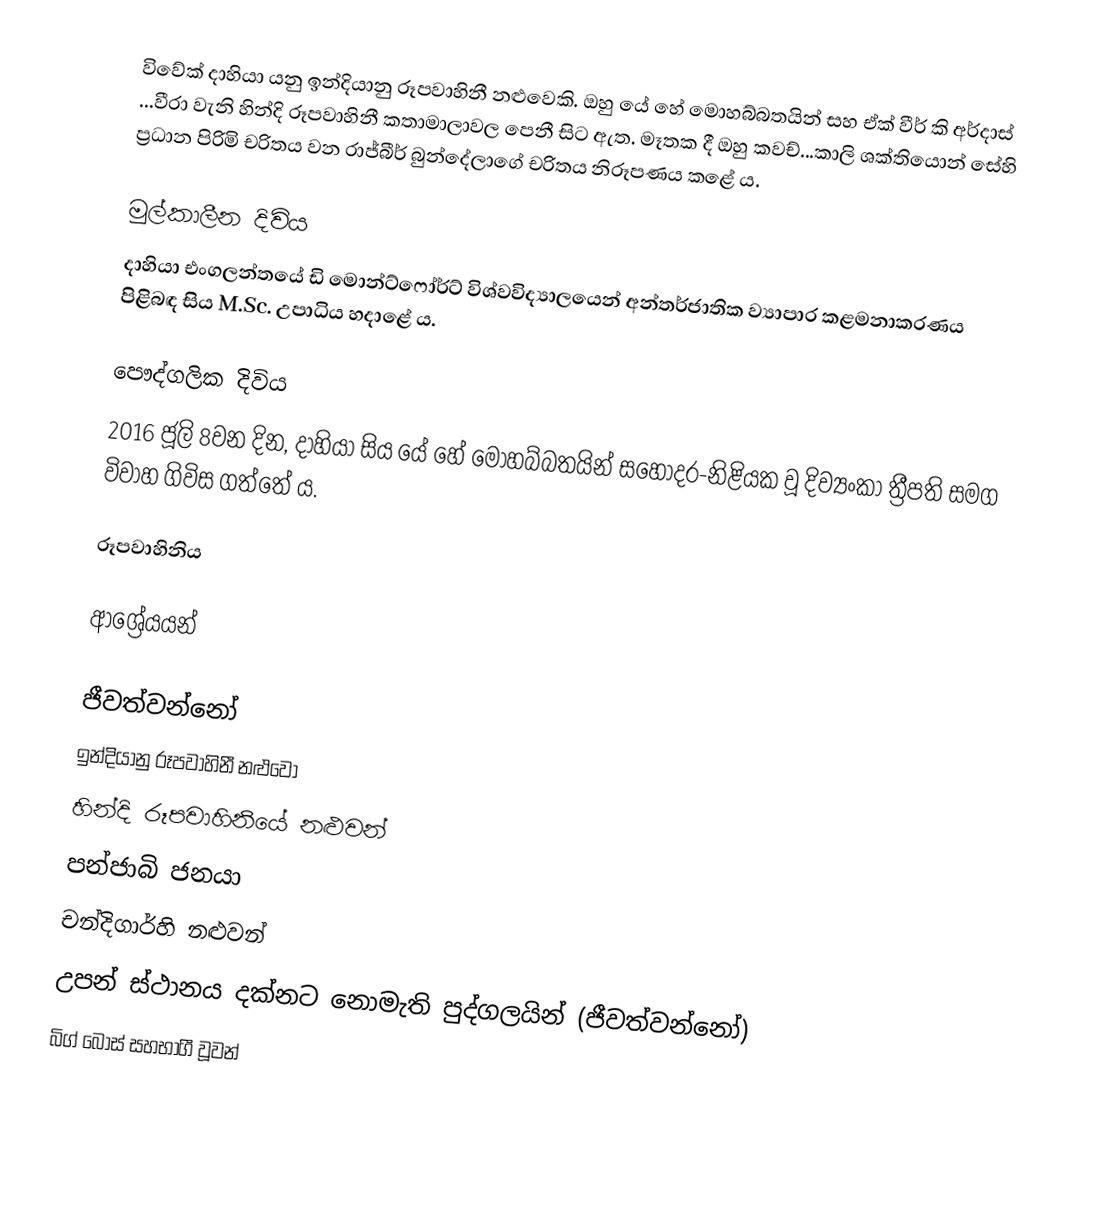
විවේක් දාහියා යනු ඉන්දියානු රූපවාහිනී නළුවෙකි. ඔහු යේ හේ මොහබ්බතයින් සහ ඒක් වීර් කි අර්දාස් ...වීරා වැනි හින්දි රූපවාහිනී කතාමාලාවල පෙනී සිට ඇත. මෑතක දී ඔහු කවච්...කාලි ශක්තියොන් සේහි ප්‍රධාන පිරිමි චරිතය වන රාජ්බීර් බුන්දේලාගේ චරිතය නිරූපණය කළේ ය.

මුල්කාලීන දිවිය
දාහියා එංගලන්තයේ ඩි මොන්ට්ෆෝර්ට් විශ්වවිද්‍යාලයෙන් අන්තර්ජාතික ව්‍යාපාර කළමනාකරණය පිළිබඳ සිය M.Sc. උපාධිය හදාළේ ය.

පෞද්ගලික දිවිය
2016 ජූලි 8වන දින, දාහියා සිය යේ හේ මොහබ්බතයින් සහෝදර-නිළියක වූ දිව්‍යංකා ත්‍රීපති සමග විවාහ ගිවිස ගත්තේ ය.

රූපවාහිනිය

ආශ්‍රේයයන්

ජීවත්වන්නෝ
ඉන්දියානු රූපවාහිනී නළුවෝ
හින්දි රූපවාහිනියේ නළුවන්
පන්ජාබි ජනයා
චන්දිගාර්හි නළුවන්
උපන් ස්ථානය දක්නට නොමැති පුද්ගලයින් (ජීවත්වන්නෝ)
බිග් බොස් සහභාගී වූවන්